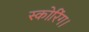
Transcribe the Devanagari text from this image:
स्कोरिंग।